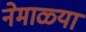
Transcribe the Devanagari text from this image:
नेमाळ्या